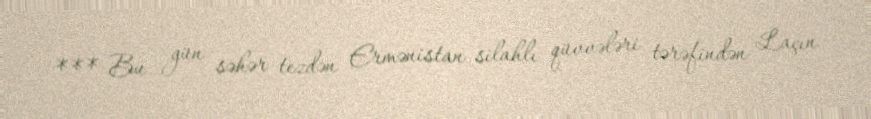
*** Bu gün səhər tezdən Ermənistan silahlı qüvvələri tərəfindən Laçın